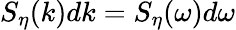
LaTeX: S_{\eta}(k)dk=S_{\eta}(\omega)d\omega